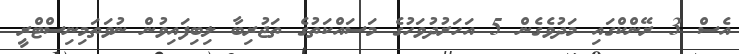
އެސް 3 ރޭންކްގައި މަދުވެގެން 5 އަހަރުދުވަހުގެ މަސައްކަތުގެ ތަޖުރިބާ ލިބިފައިވުން ނުވަތަމިނިސްޓްރީ